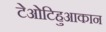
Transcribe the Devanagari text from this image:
टेओटिहुआकान